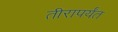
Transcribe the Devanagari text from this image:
तीरापर्यंत